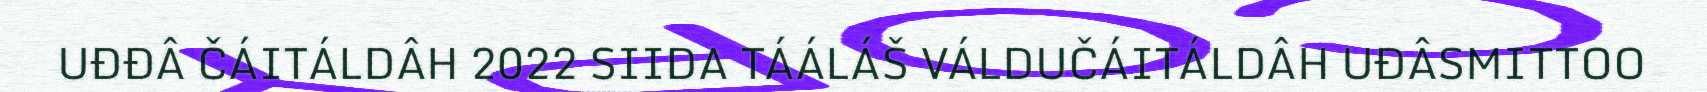
UĐĐÂ ČÁITÁLDÂH 2022 SIIDA TÁÁLÁŠ VÁLDUČÁITÁLDÂH UĐÂSMITTOO